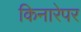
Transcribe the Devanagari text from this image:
किनारेपर